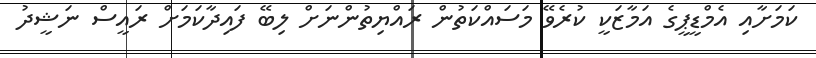
ކަމަށާއި އެމްޑީޕީގެ އަމާޒަކީ ކުރެވޭ މަސައްކަތުން ރައްޔިތުންނަށް ލިބޭ ފައިދާކަމަށް ރައީސް ނަޝީދު